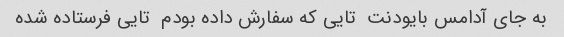
به جای آدامس بایودنت  تایی که سفارش داده بودم  تایی فرستاده شده